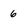
Character: 6